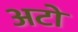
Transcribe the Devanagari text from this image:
अटो